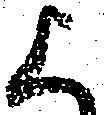
上